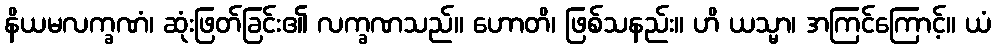
နိယမလက္ခဏံ၊ ဆုံးဖြတ်ခြင်း၏ လက္ခဏသည်။ ဟောတိ၊ ဖြစ်သနည်း။ ဟိ ယသ္မာ၊ အကြင်ကြောင့်။ ယံ